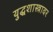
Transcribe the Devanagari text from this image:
युद्धशास्त्रावर